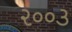
૨૦૦૩